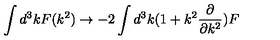
\int d ^ { 3 } k F ( k ^ { 2 } ) \rightarrow - 2 \int d ^ { 3 } k ( 1 + k ^ { 2 } \frac { \partial } { \partial k ^ { 2 } } ) F